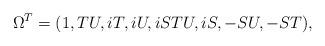
LaTeX: \begin{align*}\Omega^T=(1,TU,iT,iU,iSTU,iS,-SU,-ST),\end{align*}